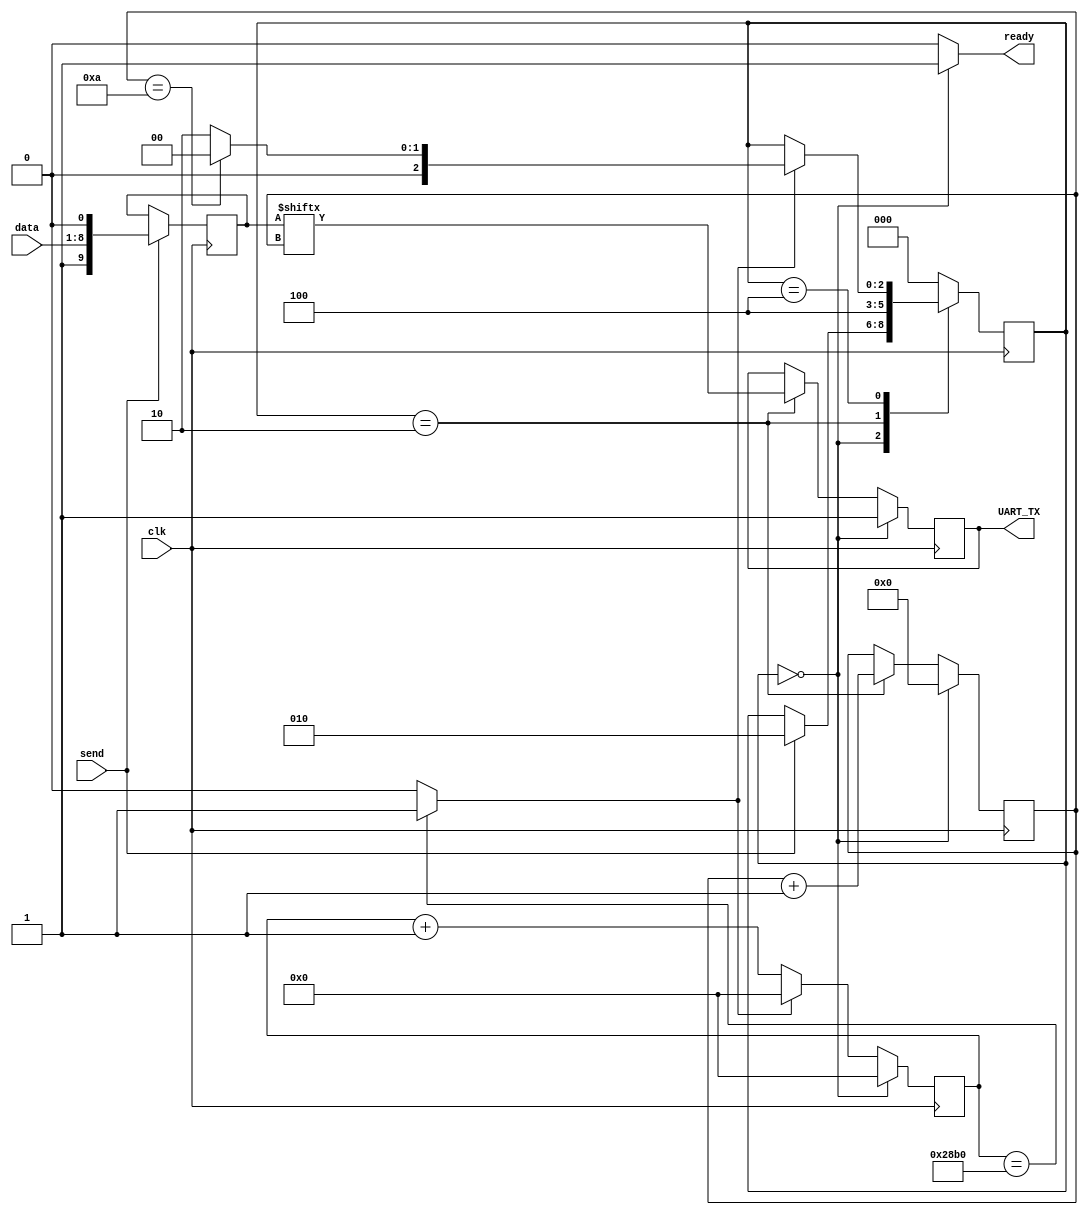
module UART_TX_CTRL
#(parameter CLKS_PER_BIT = 10416,
  parameter BIT_INDEX_MAX = 10)
    (
        input           send,
        input [7:0]     data,
        input           clk,
        output          ready,
        output          UART_TX
    );
    
    parameter IDLE =        3'b000;
    parameter LOAD_BIT =    3'b010;
    parameter SEND_BIT =    3'b100;

    reg [2:0]   r_state = IDLE;
    reg [9:0]   tx_data;
    reg [3:0]   index   = 0;
    reg [13:0]   bitTmr  = 0;



    wire bitDone;
    reg txBit = 1'b1;

    assign bitDone = (bitTmr == CLKS_PER_BIT)? 1'b1: 1'b0;

    // State transition logic
    always @(posedge clk)
    begin
        case (r_state)
            IDLE:
                if (send == 1'b1)
                    r_state <= LOAD_BIT;
            LOAD_BIT:
                r_state <= SEND_BIT;
            SEND_BIT:
                if (bitDone == 1'b1)
                begin
                    if (index == BIT_INDEX_MAX)
                        r_state <= IDLE;
                    else
                        r_state <= LOAD_BIT;
                end
            default:
                r_state <= IDLE;
        endcase
    end

    // Bit Timing
    always @(posedge clk)
    begin
        if (r_state == IDLE)
            bitTmr <= 0;
        else
            if (bitDone == 1'b1)
                bitTmr <= 0;
            else
                bitTmr <= bitTmr + 1;
    end

    // Bit counting
    always @(posedge clk)
    begin
        if (r_state == IDLE)
            index <= 0;
        else if(r_state == LOAD_BIT)
            index <= index + 1;
    end

    // tx data latch
    always @(posedge clk)
    begin
        if (send == 1'b1)
            tx_data <= {1'b1, data, 1'b0};
    end

    // tx bit process
    always @(posedge clk)
    begin
        if (r_state == IDLE)
            txBit <= 1'b1;
        else if(r_state == LOAD_BIT)
            txBit <= tx_data[index];
    end

    assign UART_TX = txBit;
    assign ready = (r_state == IDLE)? 1'b1: 1'b0;

endmodule